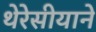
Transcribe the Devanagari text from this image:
थेरेसीयाने